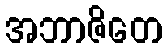
အဘာဇိတေ